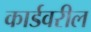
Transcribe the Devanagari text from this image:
कार्डवरील